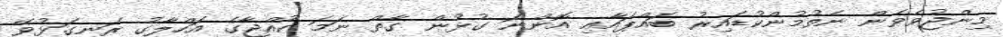
މިންޖުވެވެން ނެތުމުންކުޑައިރު ބައްޕައާއި އޮންނަ ގުޅުން ގާތް ނަމަ ކުއްޖާގެ އަހްލާގު ރަނގަޅުވޭ